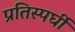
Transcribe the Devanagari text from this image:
प्रतिस्पर्घी